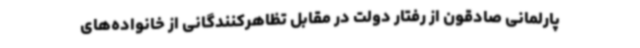
پارلمانی صادقون از رفتار دولت در مقابل تظاهرکنندگانی از خانواده‌های